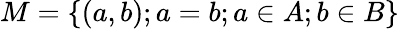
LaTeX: M=\left\{ (a,b);a=b;a\in A;b\in B\right\}